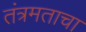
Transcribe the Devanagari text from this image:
तंत्रमताचा